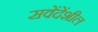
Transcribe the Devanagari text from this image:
सवेंदेंशील